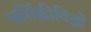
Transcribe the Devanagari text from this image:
वर्गिकीविज्ञों